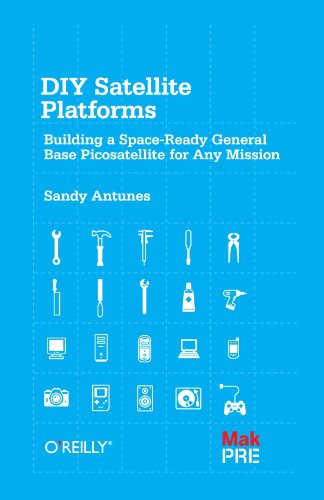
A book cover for DIY Satellite Platforms: Building a Space-Ready General Base Picosatellite for Any Mission; Sandy Antunes; Science & Math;